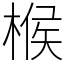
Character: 㮢